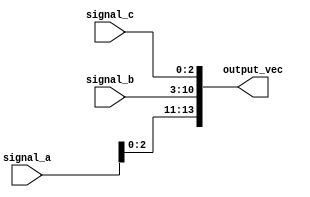
module concat_signals (
    input wire [3:0] signal_a,   // 4-bit input signal
    input wire [7:0] signal_b,   // 8-bit input signal
    input wire [2:0] signal_c,   // 3-bit input signal
    output wire [13:0] output_vec // 14-bit output vector
);

// Continuous assignment using concatenation
assign output_vec = {signal_a, signal_b, signal_c};

endmodule